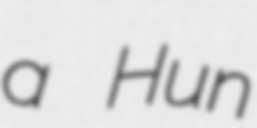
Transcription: a Hun